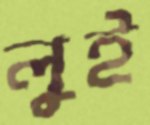
লুই